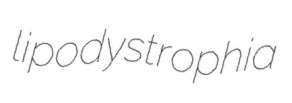
lipodystrophia